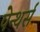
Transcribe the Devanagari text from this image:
पेन्थर्स